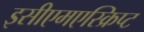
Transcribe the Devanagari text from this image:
इसीएमएस्क्रिप्ट